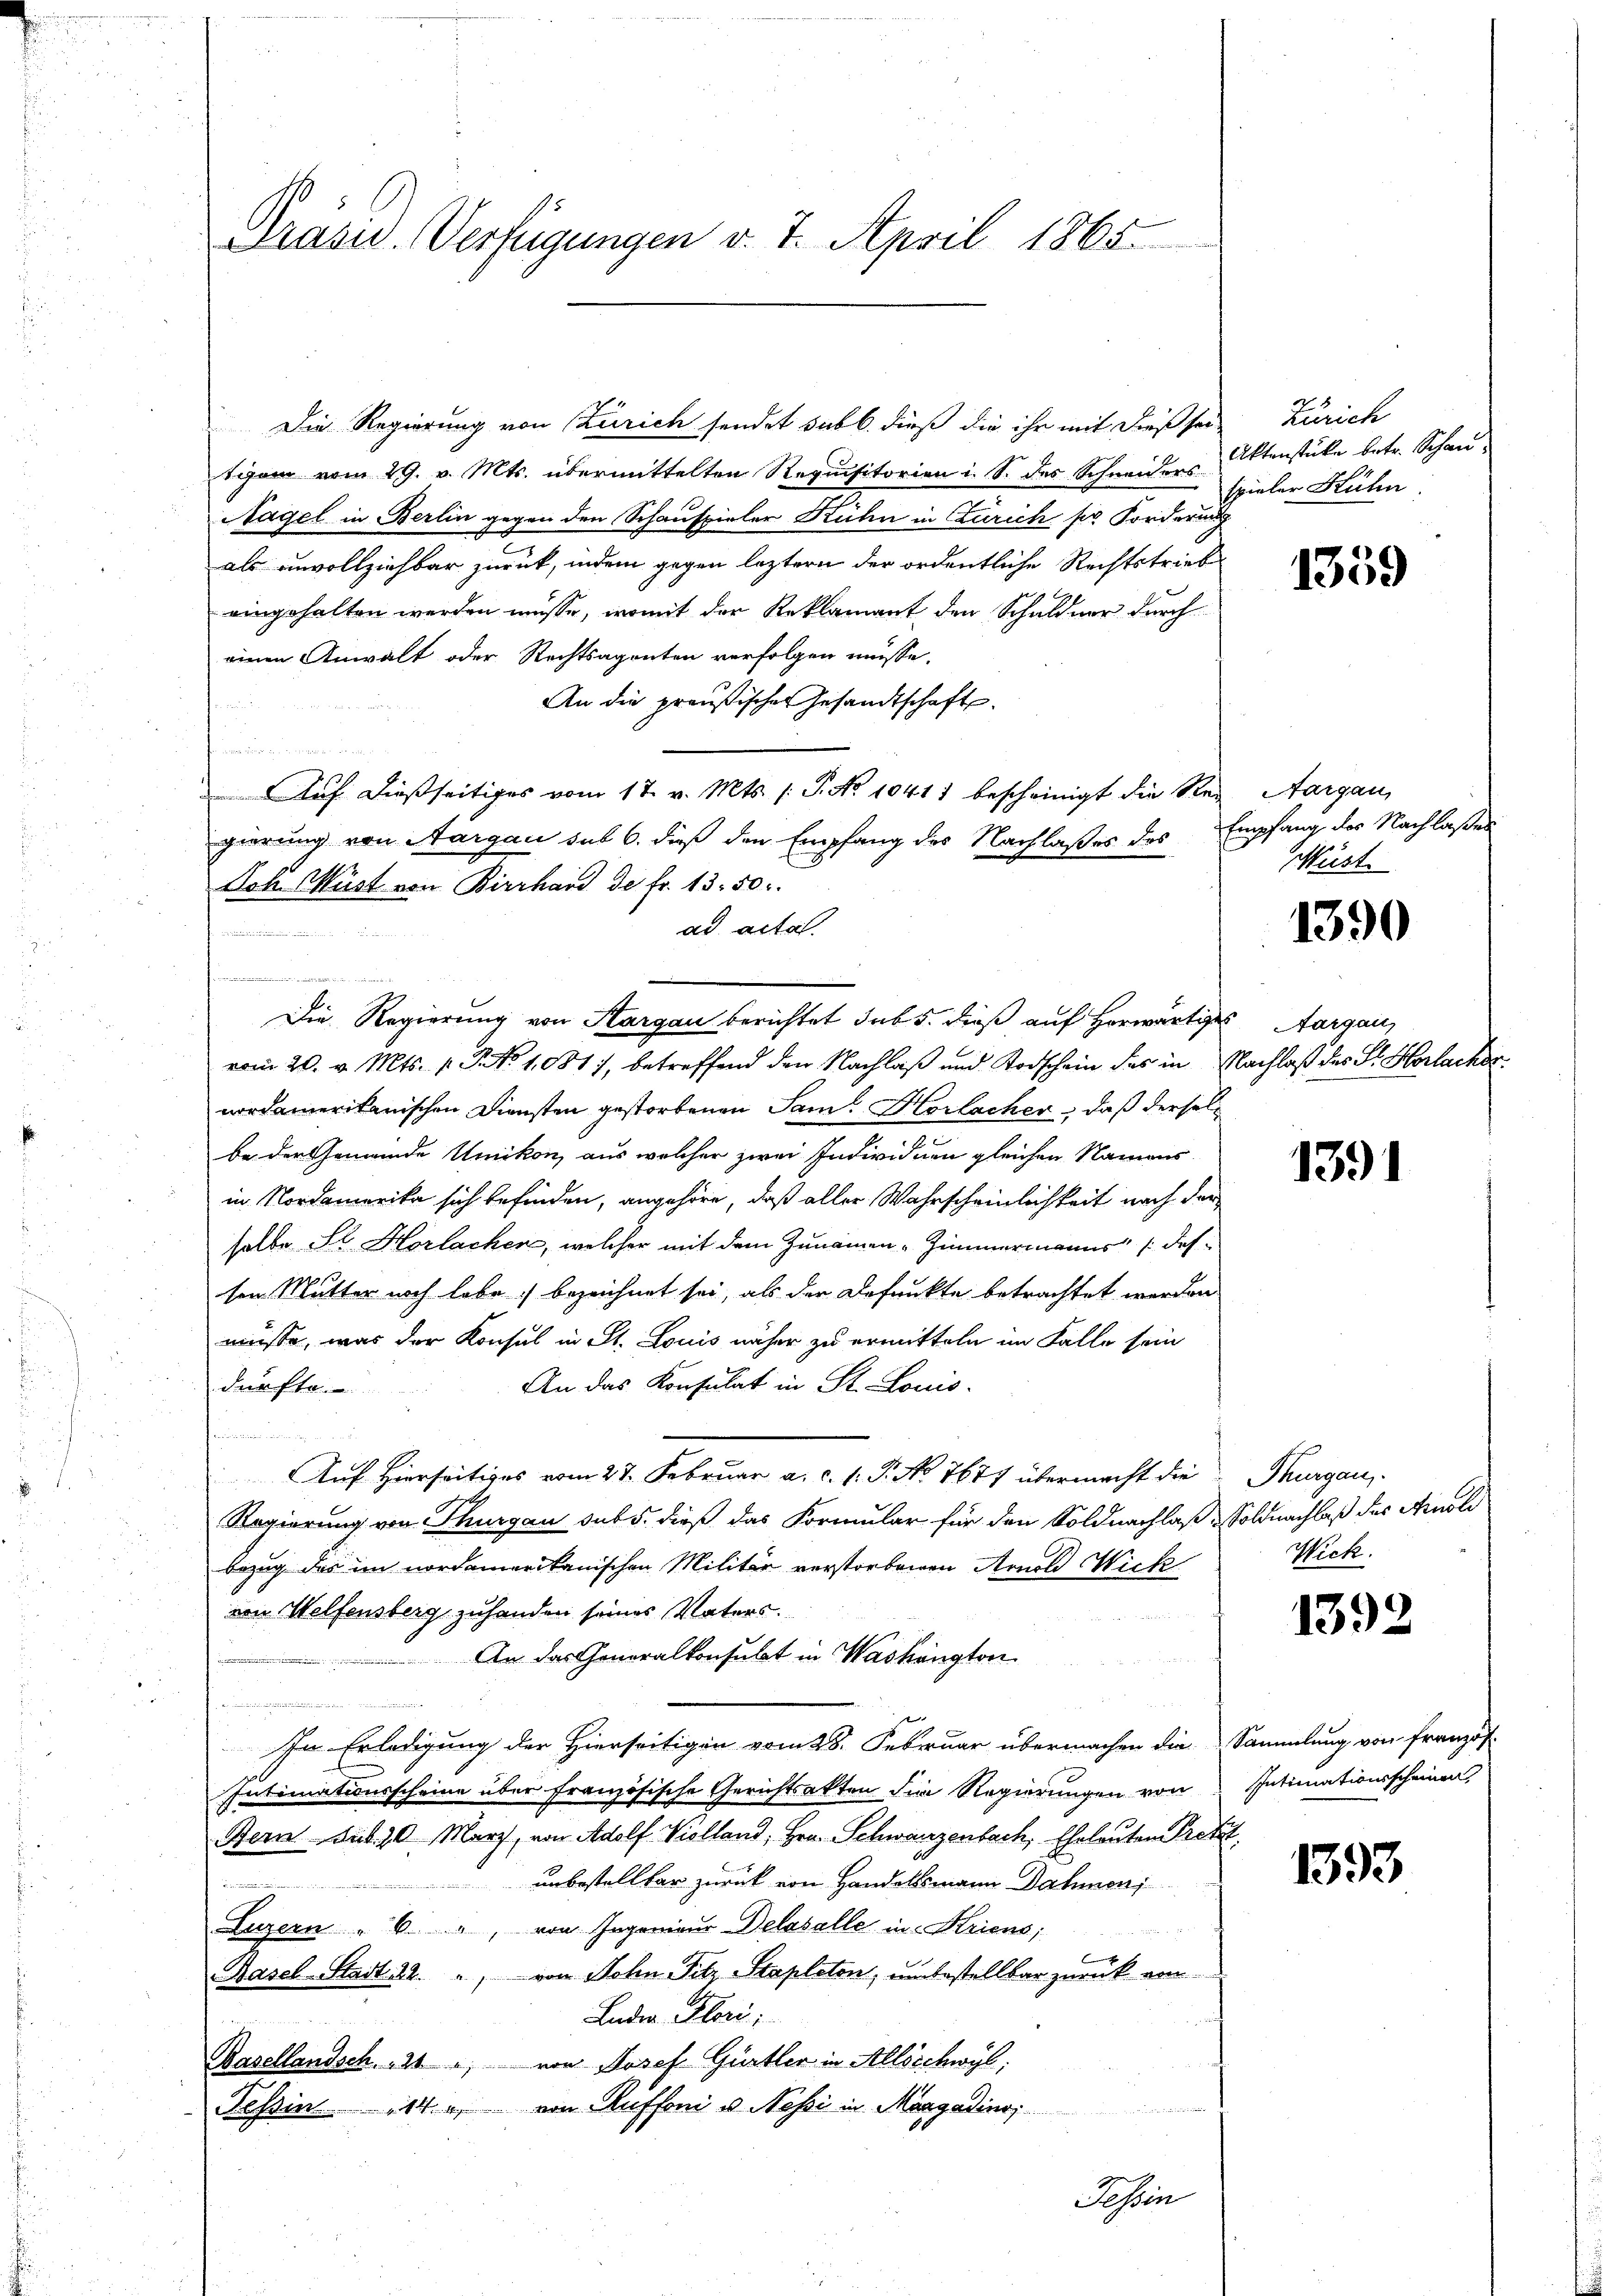
Präsid. Verfügungen v. 7. April 1865.

Die Regierung von Zürich sendet sub b. dieß die ihr mit dieß sei-
tigam vom 29. v. Mts. übermittelten Requisitorien i. S. des Schneiders
Nagel in Berlin gegen den Schauspieler Kühn in Zürich so Forderung
als unvollziehbar zurück, indem gegen leztern der ordentliche Rechtstrieb
eingehalten werden müsse, womit der Reklamant den Schuldner durch
einen Anwalt oder Rechtsagenten verfolgen müsse.
An die preußischer Gesandtschaft.
fnun
Auf dießseitiges vom 17. v. Mts. /: P. No 10411 bescheinigt die Rei Aargau,
gierung von Aargau sub 6. dieß den Empfang des Nachlaßes des
Joh. Wüst von Bierhand de fr. 13. 50.
ad acta.
1
e
Die Regierung von Sargau berichtet sub 5. dieß auf Horwärtiges Aargau,
vom 20. v. Mts. p. G. No 1081, betreffend den Nachlaß und Todschein des in Nachlaß des St. Horlacher
nordamerikanischen Diensten gestorbenen Sam. Horlacher, daß derselbe der Gemeinde Umikon, aus welcher zwei Individuen gleichen Namens
in Nordamerika sich befinden, angehöre, daß aller Wahrscheinlichkeit nach der
selbe Sl. Horlachen, welcher mit dem Zunamen-Zimmermanns (des
sen Mutter noch habe bezeichnet sei, als der Befunkte betrachtet werden
müsse, was der Konsul in St. Louis näher zu ermitteln im Falle sein
An das Konsulat in St. Louis
durfte

Auf Hierseitiges vom 27. Februar a. c. 1. P. No 7677 übermacht die
Regierung von Thurgau sub 5. dieß das Formular für den Soldnachlaß Soldnachlaß des Arnoli
Bezug des im nordamerikanischen Militär verstorbenen Arnold Wick
von Welfensberg zuhanden seines Vaters.
An das Generalkonsubt in Washington
.
In Erledigung der Hierseitigen vom 28. Februar übermachen die Sammlung von Französ.
Intimationsscheine über französische Gerichtsakten die Regierungen von
Bern Sub. 20 Marz, von Adolf Violland, Hrn. Schwarzenbach, Eheleuten Pretzt
unbestellter zurück von Handelsmann Dahmen
t Fre
Luzern  6 " von Ingenieŭr Delasalle in Kriens;
Basel-Stadt 12. " von Sohn Fitz Stapleton, unbestellbar zurück ein
Luder Flori;
Basellandsch.   21, von Josef Gürtler in Allschwyl,

Tessin 14. von Auffoni u. Nessi in Margadino

Tessin

Zürich
Aktenstücke betr. Schau
spieler Hühn

1359

Empfang des Nachlaßes
Müst

1390

1391

Thurgau.
Wick.

1392

Intimationsscheinen

1393